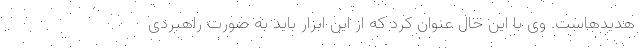
هدیدهاست. وی با این حال عنوان کرد که از این ابزار باید به صورت راهبردی